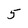
Character: 5